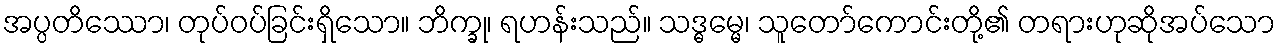
အပ္ပတိဿော၊ တုပ်ဝပ်ခြင်းရှိသော။ ဘိက္ခု၊ ရဟန်းသည်။ သဒ္ဓမ္မေ၊ သူတော်ကောင်းတို့၏ တရားဟုဆိုအပ်သော